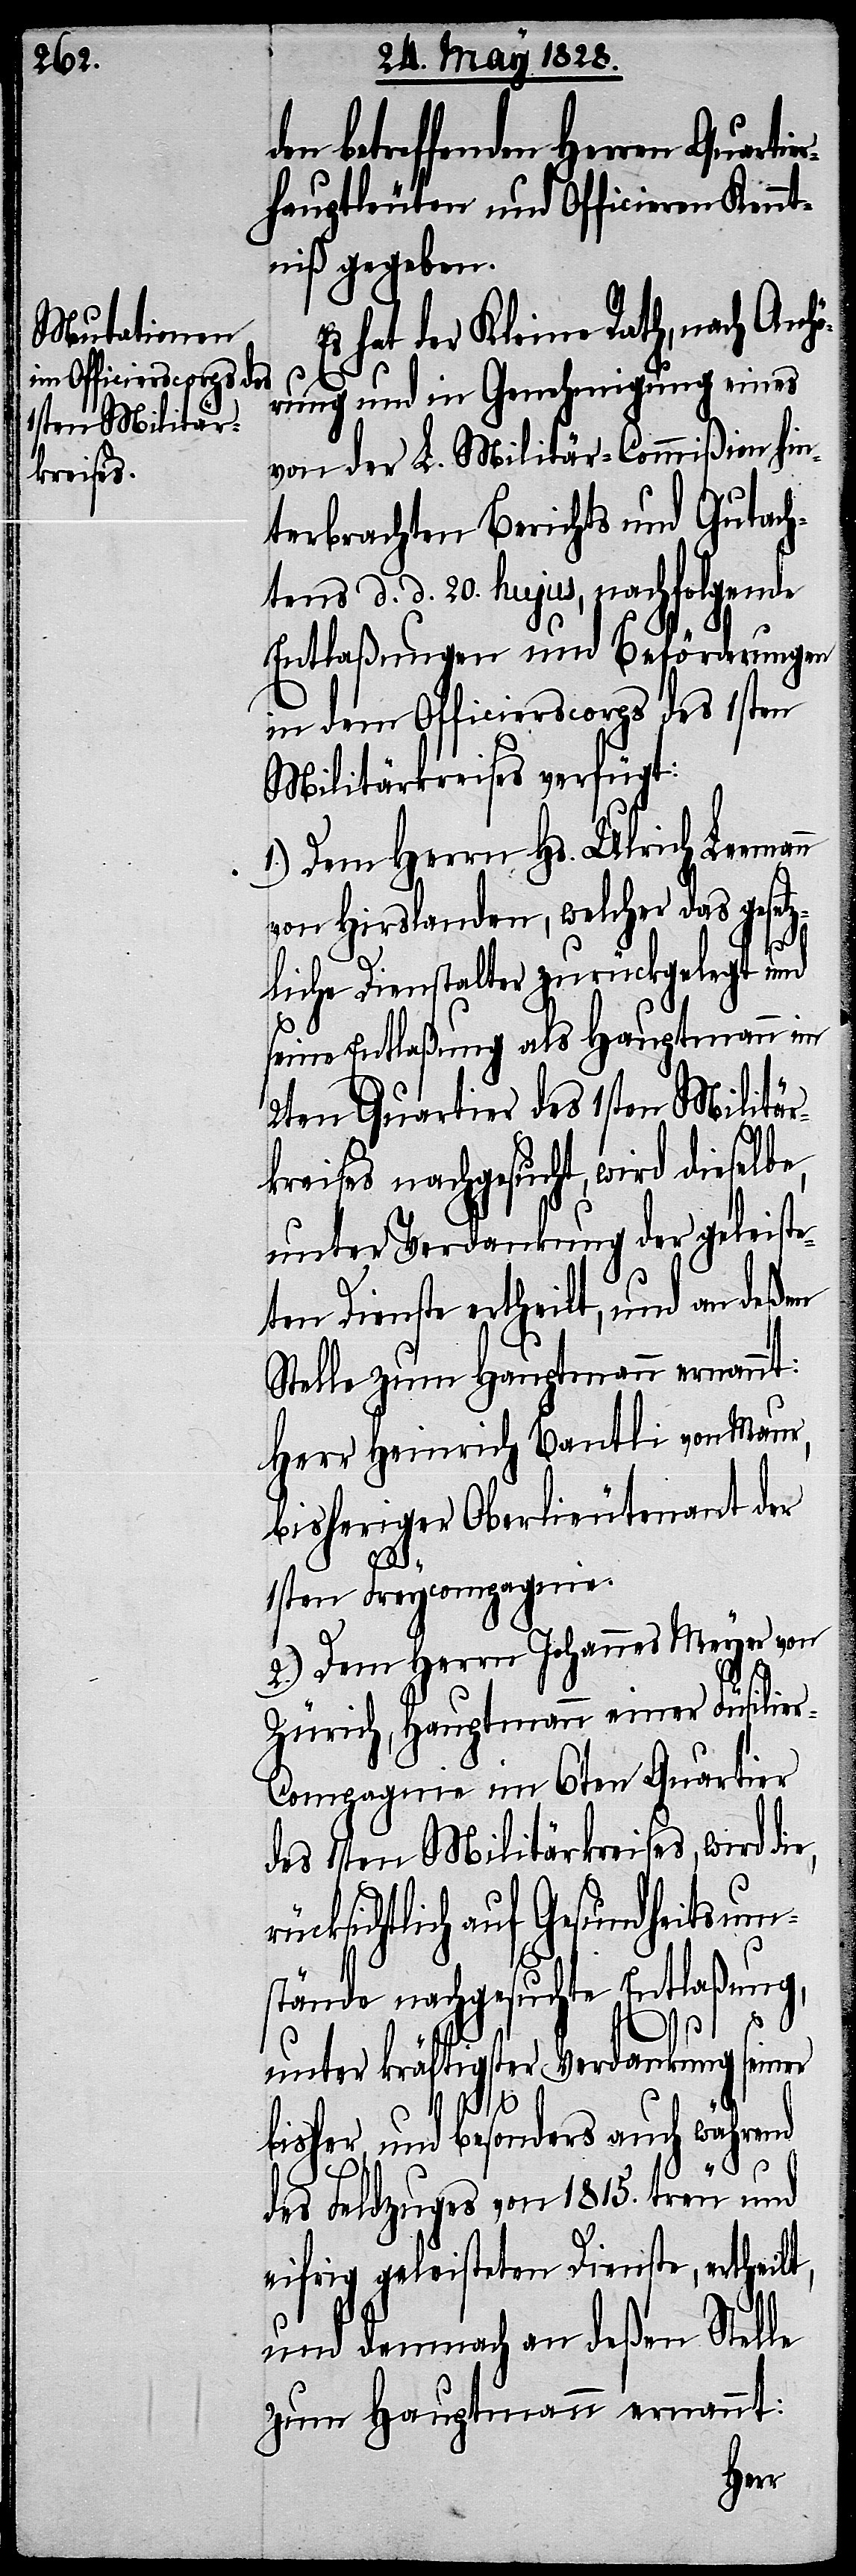
den betreffenden Herren Quarti¬
erhauptleuten und Officieren Kennt¬
niß gegeben.
s hat der Kleine Rath, nach Anhö¬
rung und in Genehmigung eines
von der L. Militär-Commißion hin¬
terbrachten Berichts und Gutach¬
tens d. d. 20. hujus, nachfolgende
Entlaßungen und Beförderungen
in dem Officierscorps des 1sten
Militärkreises verfügt:
1.) Dem Herrn Hs. Ulrich Leema¬
von Hirslanden, welcher das gesetz¬
liche Dienstalter zurückgelegt und
seine Entlaßung als Hauptmann im
2ten Quartier des 1sten Militär¬
kreises nachgesucht, wird dieselbe,
unter Verdankung der geleiste¬
ten Dienste ertheilt, und an deßen
Stelle zum Hauptmann ernannt:
Herr Heinrich Bantli von Maur,
bisheriger Oberlieutenant der
1sten Freycompagnie.
2.) Dem Herrn Johannes Meyer von
Zürich, Hauptmann einer Füsilie¬
r-Compagnie im 6ten Quartier
des 1sten Militärkreises, wird die,
ücksichtlich auf Gesundheitsum¬
stände nachgesuchte Entlaßung,
unter kräftigster Verdankung seiner
bisher und besonders auch während
r¬
des Feldzuges von 1815. treu und
eifrig geleisteten Dienste, ertheilt,
und demnach an deßen Stelle
zum Hauptmann ernannt: